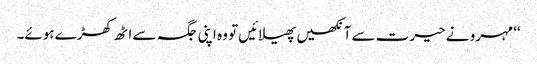
‘‘ مہرو نے حیرت سے آنکھیں پھیلائیں تو وہ اپنی جگہ سے اٹھ کھڑے ہوئے۔